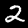
Digit: 2